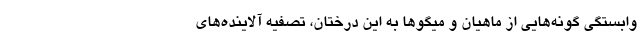
وابستگی گونه‌هایی از ماهیان و میگوها به این درختان، تصفیه آلاینده‌های